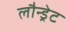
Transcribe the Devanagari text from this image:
लौन्ड्रेट